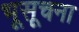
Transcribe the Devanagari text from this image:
भूसूचना